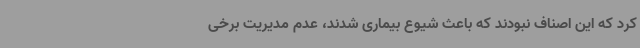
کرد که این اصناف نبودند که باعث شیوع بیماری شدند، عدم مدیریت برخی